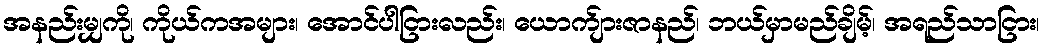
အနည်းမျှကို၊ ကိုယ်ကအများ၊ အောင်ပါငြားလည်း၊ ယောက်ျားဇာနည်၊ ဘယ်မှာမည်ချိမ့်၊ အရည်သာငြား၊